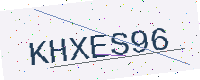
Text: KHXES96